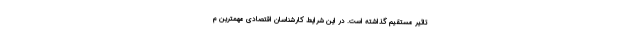
تاثیر مستقیم گذاشته است. در این شرایط کارشناسان اقتصادی مهمترین م